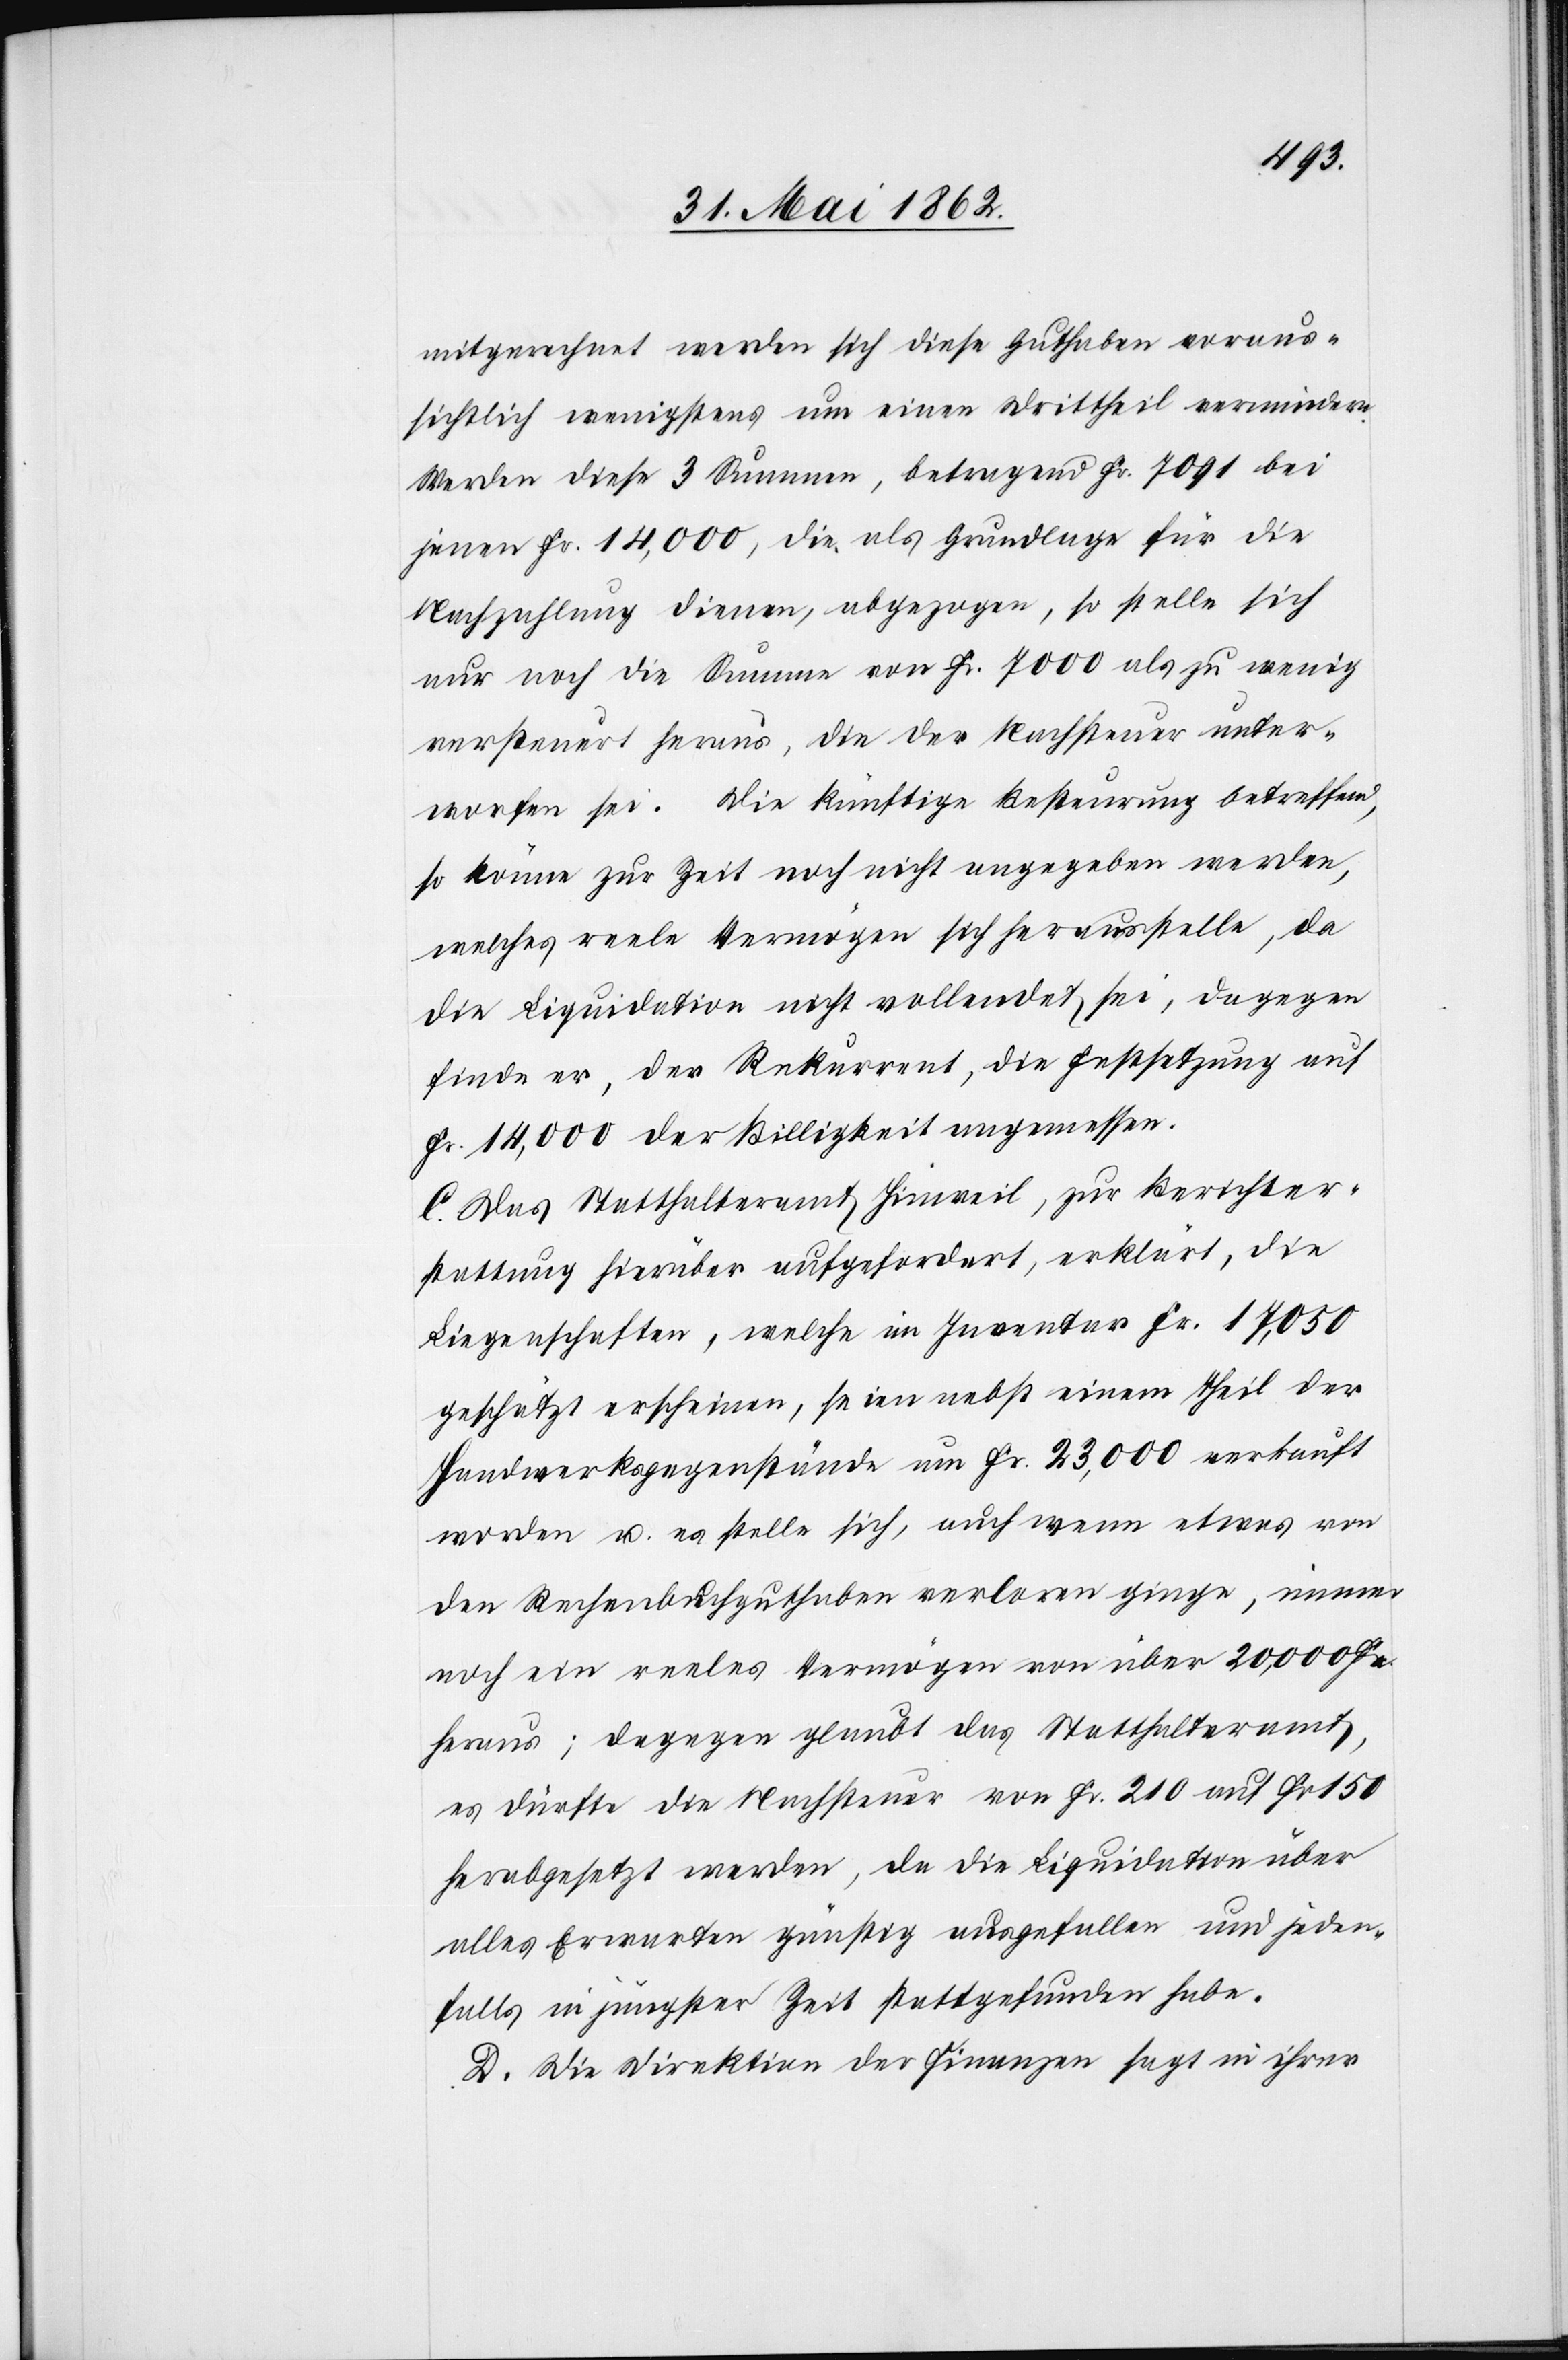
mitgerechnet werden sich diese Guthaben voraus¬
sichtlich wenigstens um einen Drittheil vermindern.
Werden diese 2 Summen, betragend Fr. 7091 bei
jenen Fr. 14,000, die als Grundlage für die
Nachzahlung dienen, abgezogen, so stelle sich
nur noch die Summe von Fr. 7000 als zu wenig
versteuert heraus, die der Nachsteuer unter¬
worfen sei. Die künftige Besteurung betreffend,
so könne zur Zeit noch nicht angegeben werden,
welches reele Vermögen sich herausstelle, da
die Liquidation nicht vollendet sei, dagegen
finde er, der Rekurrent, die Festsetzung auf
Fr. 14,000 der Billigkeit angemessen.
C. Das Statthalteramt Hinweil, zur Berichter¬
stattung hierüber aufgefordert, erklärt, die
Liegenschaften, welche im Inventar Fr. 17,050
geschätzt erscheinen, seien nebst einem Theil der
Handwerksgegenstände um Fr. 23,000 verkauft
worden u. es stelle sich, auch wenn etwas von
den Rechenbuchguthaben verloren ginge, immer
noch ein reeles Vermögen von über 20,000 Fr.
heraus; dagegen glaubt das Statthalteramt,
es dürfte die Nachsteuer von Fr. 210 auf F. 150
herabgesetzt werden, da die Liquidation über
alles Erwarten günstig ausgefallen und jeden¬
falls in jüngster Zeit stattgefunden habe.
D. Die Direktion der Finanzen sagt in ihrer